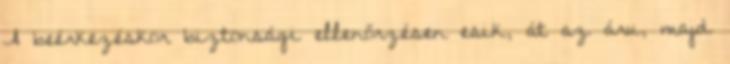
A beérkezéskor biztonsági ellenőrzésen esik, át az áru, majd